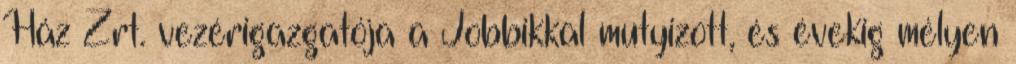
Ház Zrt. vezérigazgatója a Jobbikkal mutyizott, és évekig mélyen